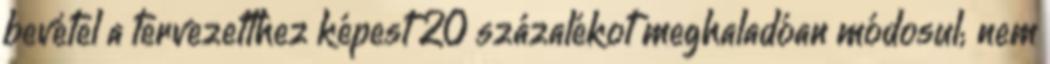
bevétel a tervezetthez képest 20 százalékot meghaladóan módosul; nem